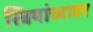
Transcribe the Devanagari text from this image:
स्त्रियांच्यावर